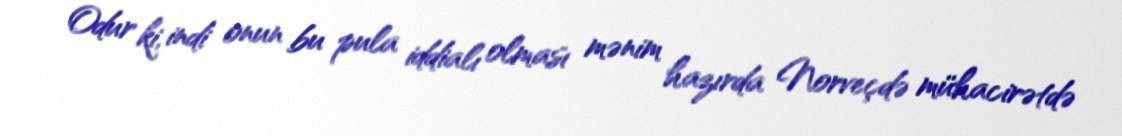
Odur ki, indi onun bu pula iddialı olması mənim hazırda Norveçdə mühacirətdə